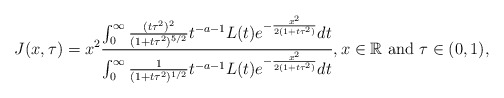
\begin{align*} J(x,\tau)=x^2 \frac{\int_{0}^{\infty}\frac{(t\tau^2)^2}{(1+t\tau^2)^{5/2}}t^{-a-1}L(t)e^{-\frac{x^2}{2(1+t\tau^2)}}dt}{\int_{0}^{\infty}\frac{1}{(1+t\tau^2)^{1/2}}t^{-a-1}L(t)e^{-\frac{x^2}{2(1+t\tau^2)}}dt}, x\in\mathbb{R} \mbox{ and } \tau\in(0,1), \end{align*}